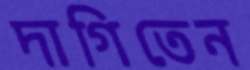
দাগিতেন